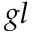
g l